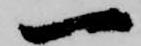
一